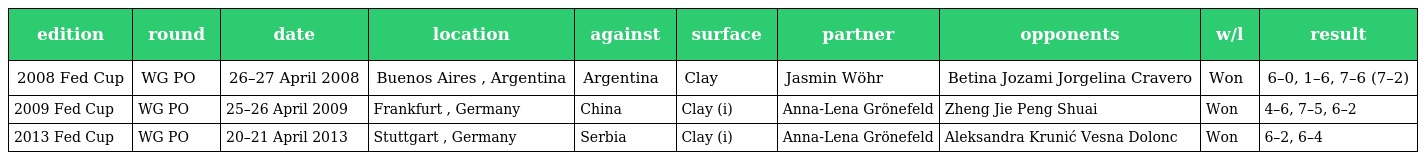
| edition | round | date | location | against | surface | partner | opponents | w/l | result |
 | --- | --- | --- | --- | --- | --- | --- | --- | --- | --- |
 | 2008 Fed Cup | WG PO | 26–27 April 2008 | Buenos Aires , Argentina | Argentina | Clay | Jasmin Wöhr | Betina Jozami Jorgelina Cravero | Won | 6–0, 1–6, 7–6 (7–2) |
 | 2009 Fed Cup | WG PO | 25–26 April 2009 | Frankfurt , Germany | China | Clay (i) | Anna-Lena Grönefeld | Zheng Jie Peng Shuai | Won | 4–6, 7–5, 6–2 |
 | 2013 Fed Cup | WG PO | 20–21 April 2013 | Stuttgart , Germany | Serbia | Clay (i) | Anna-Lena Grönefeld | Aleksandra Krunić Vesna Dolonc | Won | 6–2, 6–4 |